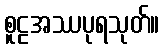
စူဠအဿပုရသုတ်။